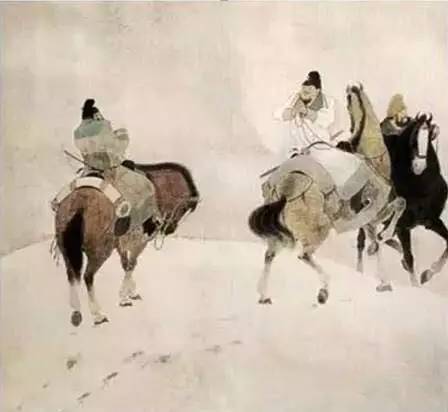
虏骑闻之应胆慑，料知短兵不敢接，车师西门伫献捷。